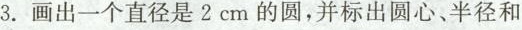
3.画出一个直径是2cm的圆，并标出圆心、半径和